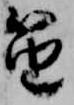
笛